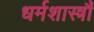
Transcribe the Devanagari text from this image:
धर्मशास्त्रौं